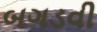
બગડવી